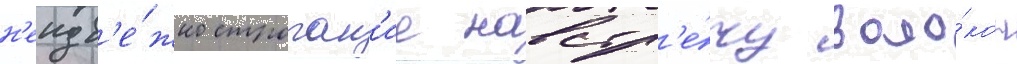
н'еизб'е́жно строган'ие навстр'е́чу воло́кон